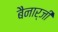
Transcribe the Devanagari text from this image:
बैनार्जी